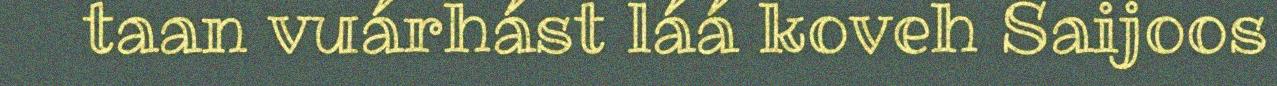
taan vuárhást láá koveh Saijoos